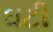
ઘટી